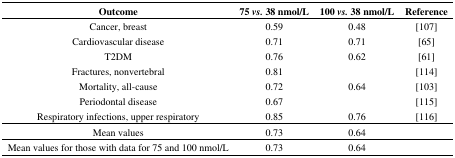
<table><thead><tr><td><b>Outcome</b></td><td><b>75 <i>vs.</i> 38 nmol/L</b></td><td><b>100 <i>vs.</i> 38 nmol/L</b></td><td><b>Reference</b></td></tr></thead><tbody><tr><td>Cancer, breast</td><td>0.59</td><td>0.48</td><td>[107]</td></tr><tr><td>Cardiovascular disease</td><td>0.71</td><td>0.71</td><td>[65]</td></tr><tr><td>T2DM</td><td>0.76</td><td>0.62</td><td>[61]</td></tr><tr><td>Fractures, nonvertebral</td><td>0.81</td><td></td><td>[114]</td></tr><tr><td>Mortality, all-cause</td><td>0.72</td><td>0.64</td><td>[103]</td></tr><tr><td>Periodontal disease</td><td>0.67</td><td></td><td>[115]</td></tr><tr><td>Respiratory infections, upper respiratory</td><td>0.85</td><td>0.76</td><td>[116]</td></tr><tr><td>Mean values</td><td>0.73</td><td>0.64</td><td></td></tr><tr><td>Mean values for those with data for 75 and 100 nmol/L</td><td>0.73</td><td>0.64</td><td></td></tr></tbody></table>